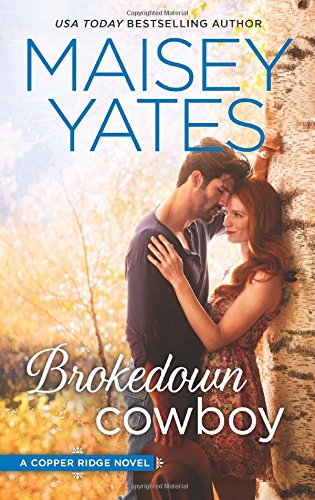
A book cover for Brokedown Cowboy (Copper Ridge); Maisey Yates; Romance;